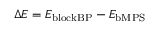
\Delta E = E _ { \mathrm { b l o c k B P } } - E _ { \mathrm { b M P S } }